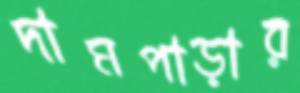
দামপাড়ার